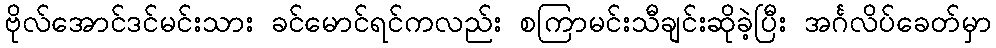
ဗိုလ်အောင်ဒင်မင်းသား ခင်မောင်ရင်ကလည်း စကြာမင်းသီချင်းဆိုခဲ့ပြီး အင်္ဂလိပ်ခေတ်မှာ